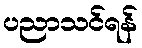
ပညာသင်ရန်